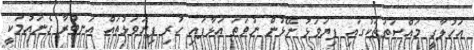
އަހުލާގީ މައްސަތަތަކުގައި ފިޔަވަޅު ނޭޅުން ނުވަތަ އަޅާފައި ހުރި ފިޔަވަޅުތައް އަނބުރާ ގެނައުމަކީ